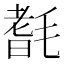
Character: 𣯆